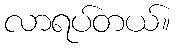
လာရပ်တယ်။